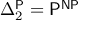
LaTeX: \Delta _ { 2 } ^ { \mathsf { P } } = { \mathsf { P ^ { N P } } }